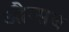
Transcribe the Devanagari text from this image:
औग्सब